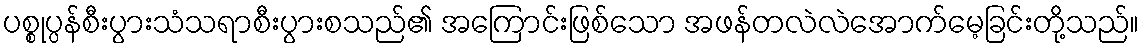
ပစ္စုပ္ပန်စီးပွားသံသရာစီးပွားစသည်၏ အကြောင်းဖြစ်သော အဖန်တလဲလဲအောက်မေ့ခြင်းတို့သည်။